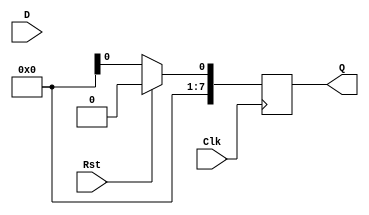
module REG #(parameter DATAWIDTH = 8)(D, Clk, Rst, Q);

    input Clk, Rst;
    input [DATAWIDTH-1:0] D;
    output reg [DATAWIDTH-1:0] Q;
    
always @(posedge Clk)begin
    if (Rst == 1)
        Q <= 0;
    else
        Q <= d;
    end
    
endmodule